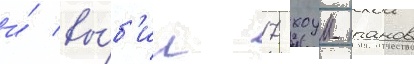
и́ вы́б'ил 17 хоум-ранов